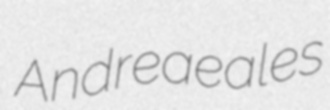
Andreaeales